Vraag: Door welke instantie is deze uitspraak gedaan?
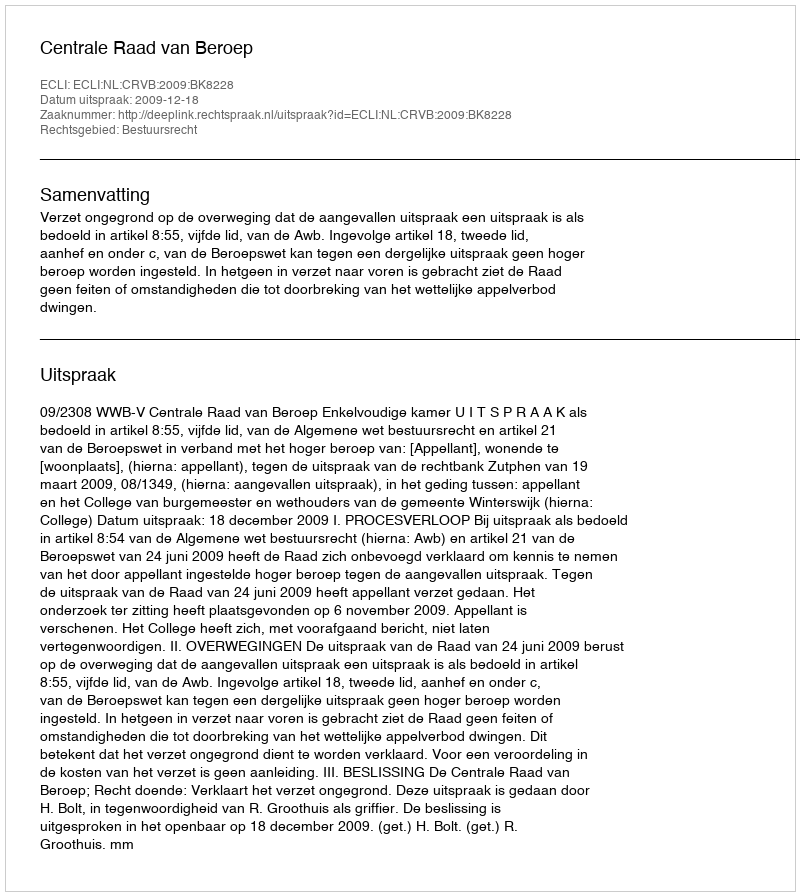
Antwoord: Centrale Raad van Beroep